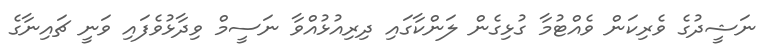
ނަޝީދުގެ ވެރިކަން ވެއްޓުމާ ގުޅިގެން ލަންކާގައި ދިރިއުޅުއްވާ ނަސީމް ވިދާޅުވެފައި ވަނީ ޗައިނާގެ